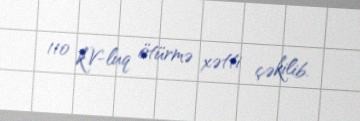
110 kV-luq ötürmə xətti çəkilib.